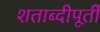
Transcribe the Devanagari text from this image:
शताब्दीपूर्ती